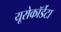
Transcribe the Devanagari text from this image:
यूरोकॉर्डेटा